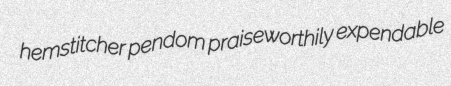
hemstitcher pendom praiseworthily expendable